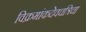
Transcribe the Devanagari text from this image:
विक्रमांकदेवचत्रिचा